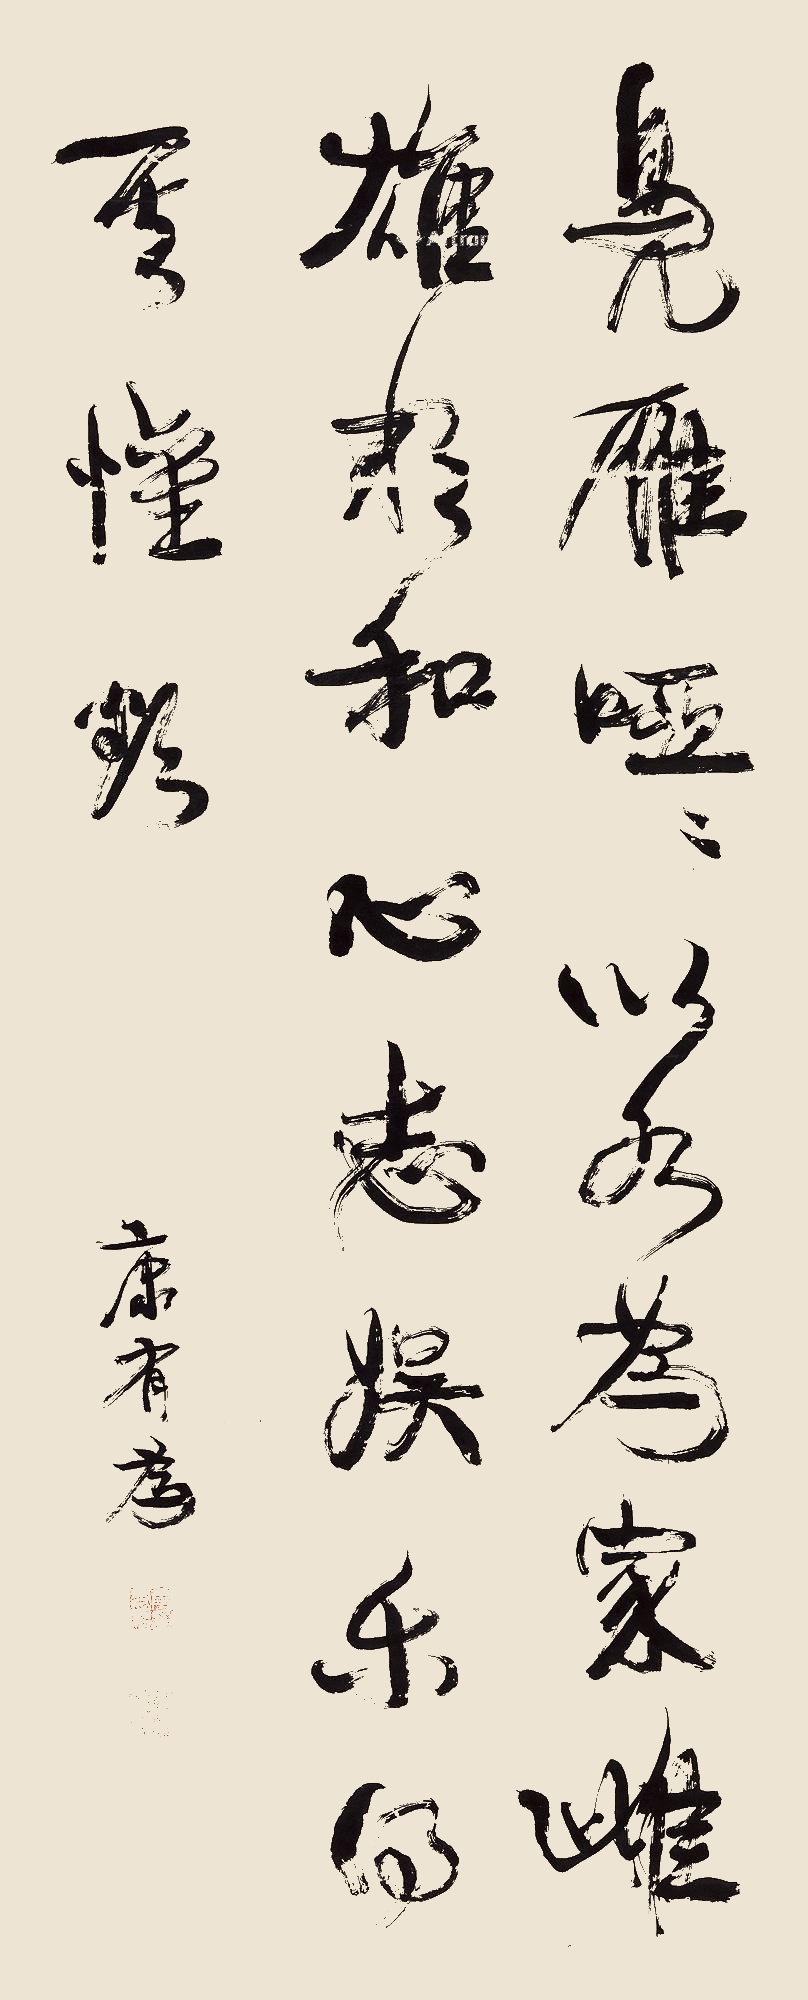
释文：凫雁哑之，以水为家，雌雄相和，心志娱乐，得其欢欲。康有为。